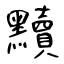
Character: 黷